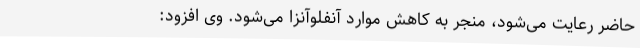
حاضر رعایت می‌شود، منجر به کاهش موارد آنفلوآنزا می‌شود. وی افزود: